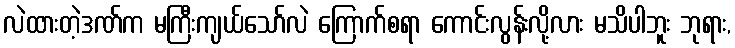
လဲထားတဲ့ဒဏ်က မကြီးကျယ်သော်လဲ ကြောက်စရာ ကောင်းလွန်းလို့လား မသိပါဘူး ဘုရား,